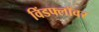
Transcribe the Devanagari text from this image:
विंडफ्लॉवर